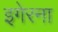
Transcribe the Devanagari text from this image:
इगेरना